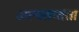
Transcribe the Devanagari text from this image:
अल्पतप्तता